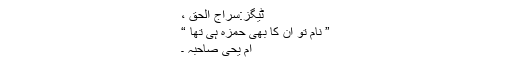
ٹیگز:سراج الحق ،
” نام تو ان کا بھی حمزہ ہی تھا “
اُم یحیٰ صاحبہ ۔